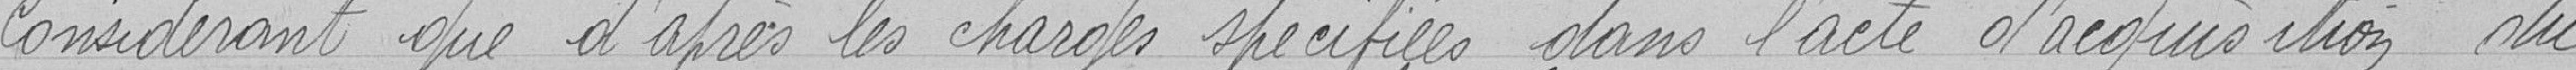
Considérant que d'après les charges spécifiées dans l'acte acquisition du